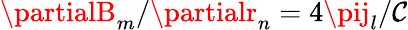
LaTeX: \partialB_{m}/\partialr_{n}=4\pij_{l}/\mathcal{C}